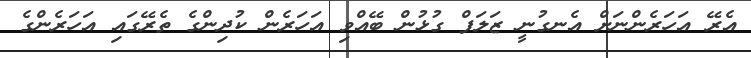
އެރޭ އަހަރެންނަށް އެނގުނީ ޒަލަފް ގުޅުން ބޭއްވި އަހަރެން ކުދިންގެ ތެރޭގައި އަހަރެންގެ